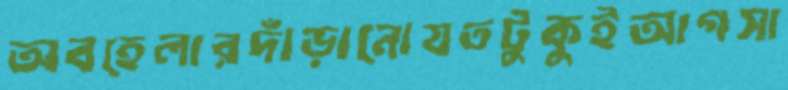
অবহেলারদাঁড়ানোযতটুকুইআগসা